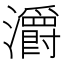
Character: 灂